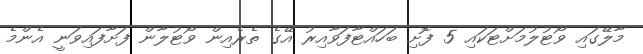
މާލޭގައި ވޯޓުލުމަށްޓަކައި 5 ފޮށި ބަހައްޓާފަވާއިރު އޭގެ ތެރެއިން ވޯޓުލާން ފަށާފައިވަނީ އެންމެ